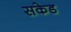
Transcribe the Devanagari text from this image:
सकेड